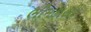
ભીમકાલી